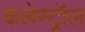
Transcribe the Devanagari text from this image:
कलेस्ट्रॉल